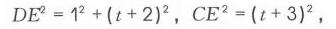
\(DE^{2}=1^{2}+(t + 2)^{2},\ CE^{2}=(t + 3)^{2}\)